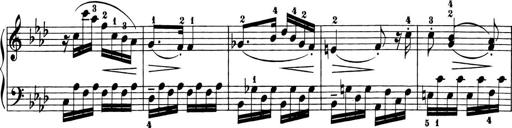
Title: 6 Piano Sonatinas
Composer: Cornelius Gurlitt